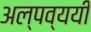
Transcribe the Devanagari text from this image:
अल्पव्ययी